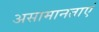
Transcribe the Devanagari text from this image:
असामानताएं